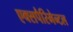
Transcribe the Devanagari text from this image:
एक्सपैरिमेन्टल